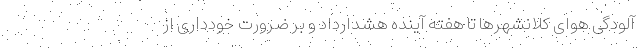
آلودگی هوای کلانشهرها تا هفته آینده هشدارداد و بر ضرورت خودداری از